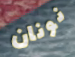
نونان